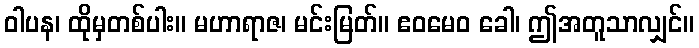
ဝါပန၊ ထိုမှတစ်ပါး။ မဟာရာဇ၊ မင်းမြတ်။ ဧဝမေဝ ခေါ၊ ဤအတူသာလျှင်။